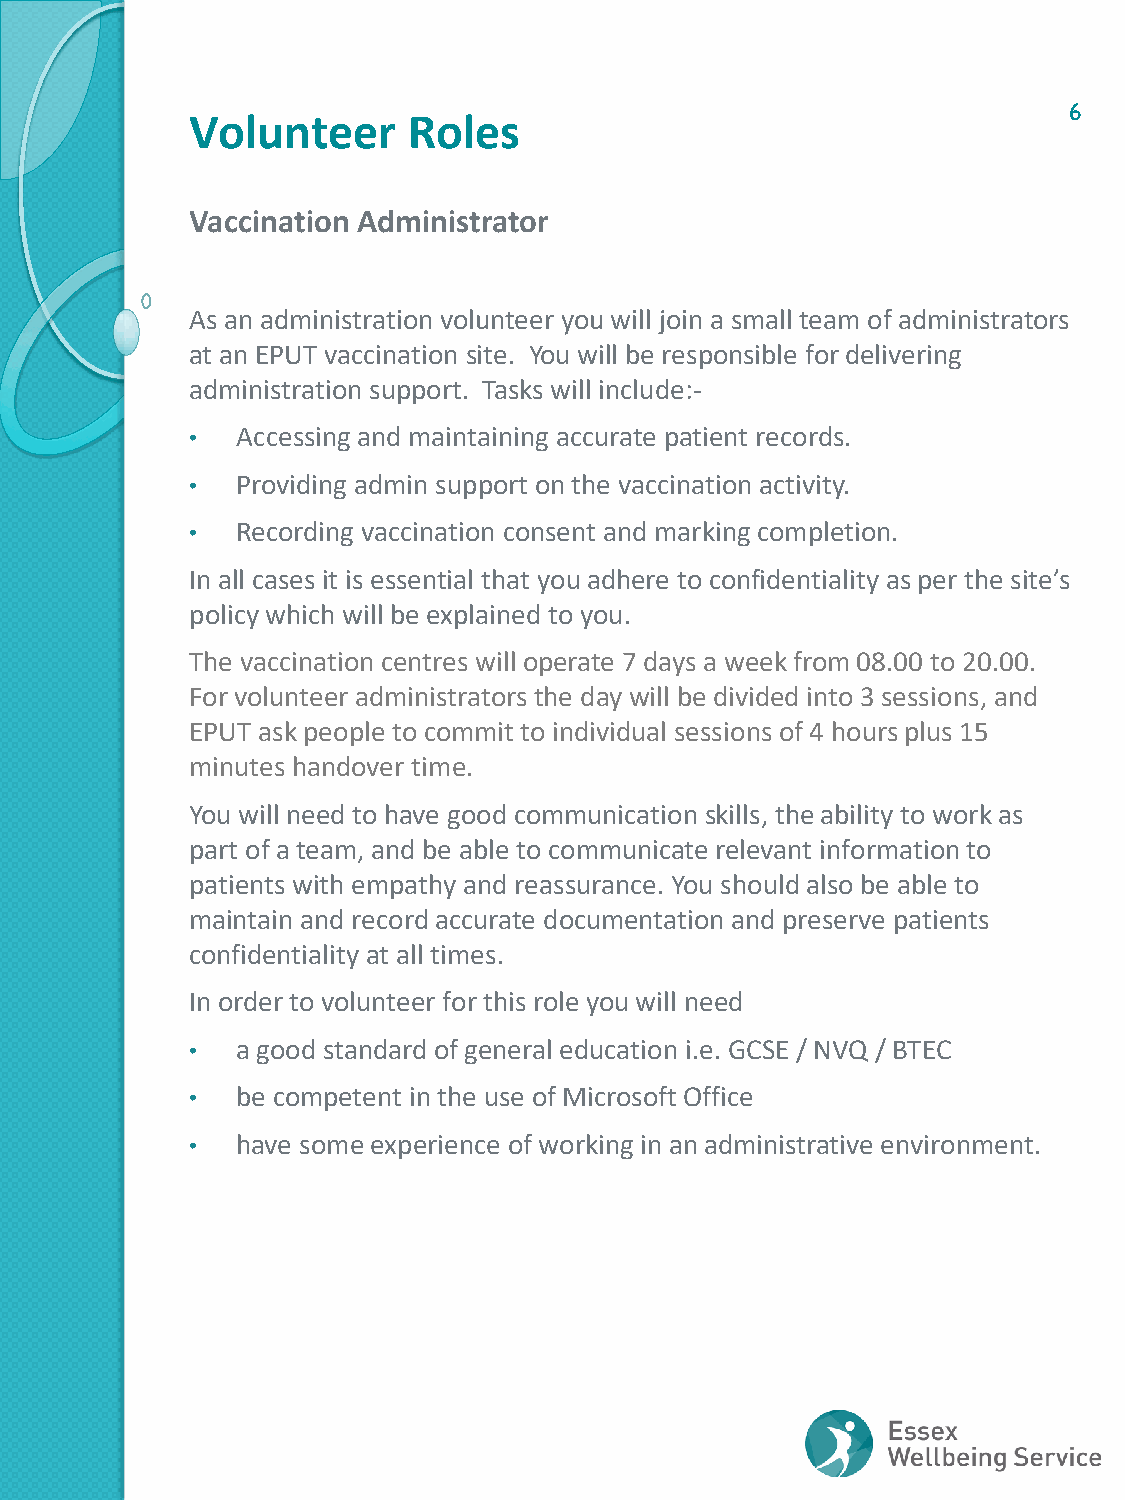
6
 Volunteer      Roles
 Vaccination Administrator
 As an administration volunteer you will join a small team of administrators
 at an EPUT vaccination site. You will be responsible for delivering
 administration support. Tasks will include:-
 •  Accessing and maintaining accurate patient records.
 •  Providing admin support on the vaccination activity.
 •  Recording vaccination consent and marking completion.
 In all cases it is essential that you adhere to confidentiality as per the site’s
 policy which will be explained to you.
 The vaccination centres will operate 7 days a week from 08.00 to 20.00.
 For volunteer administrators the day will be divided into 3 sessions, and
 EPUT ask people to commit to individual sessions of 4 hours plus 15
 minutes handover time.
 You will need to have good communication skills, the ability to work as
 part of a team, and be able to communicate relevant information to
 patients with empathy and reassurance. You should also be able to
 maintain and record accurate documentation and preserve patients
 confidentiality at all times.
 In order to volunteer for this role you will need
 •  a good standard of general education i.e. GCSE / NVQ / BTEC
 •  be competent in the use of Microsoft Office
 •  have some experience of working in an administrative environment.